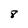
Character: 8